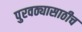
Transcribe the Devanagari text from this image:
पुरवठ्यासाठीच